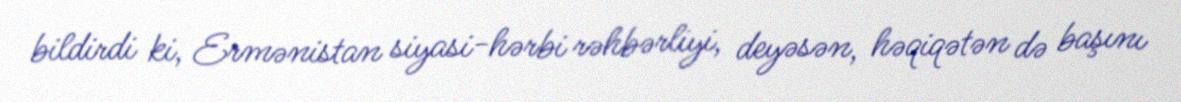
bildirdi ki, Ermənistan siyasi-hərbi rəhbərliyi, deyəsən, həqiqətən də başını